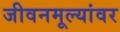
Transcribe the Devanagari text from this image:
जीवनमूल्यांवर